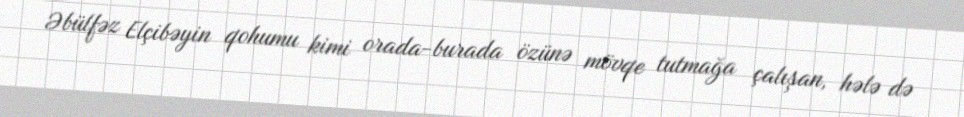
Əbülfəz Elçibəyin qohumu kimi orada-burada özünə mövqe tutmağa çalışan, hələ də